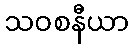
သဝစနီယာ